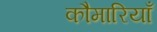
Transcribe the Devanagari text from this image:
कौमारियाँ